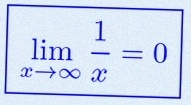
\lim_{x\to\infty}\frac{1}{x}=0